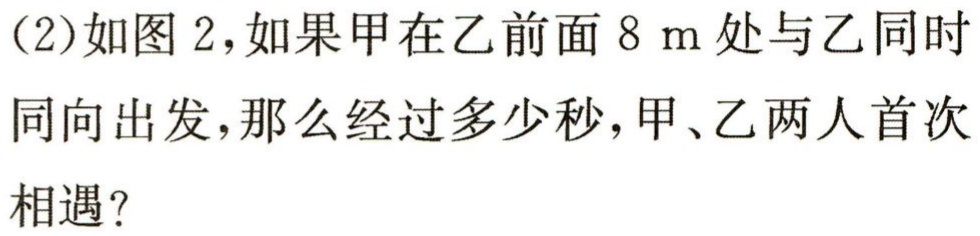
(2)如图 2，如果甲在乙前面 8 m 处与乙同时同向出发，那么经过多少秒，甲、乙两人首次相遇？